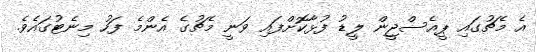
އެ މެޗުގައި ޕީއެސްޖީން ލީޑު ފުޅާކޮށްފައި ވަނީ މެޗުގެ އެންމެ ފަހު މިނެޓުގައެވެ.